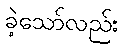
ခဲ့သော်လည်း